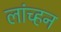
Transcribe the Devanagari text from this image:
लांच्हन